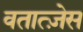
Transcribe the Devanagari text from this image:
वतात्ज़ेस